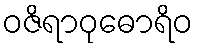
ဝဇိရာဝုဓောရိဝ